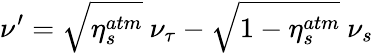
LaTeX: \nu^{\prime}=\sqrt{\eta_{s}^{atm}}~\nu_{\tau}-\sqrt{1-\eta_{s}^{atm}}~\nu_{s}